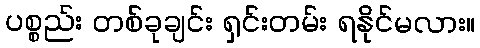
ပစ္စည်း တစ်ခုချင်း ရှင်းတမ်း ရနိုင်မလား။